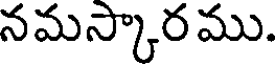
నమస్కారము.